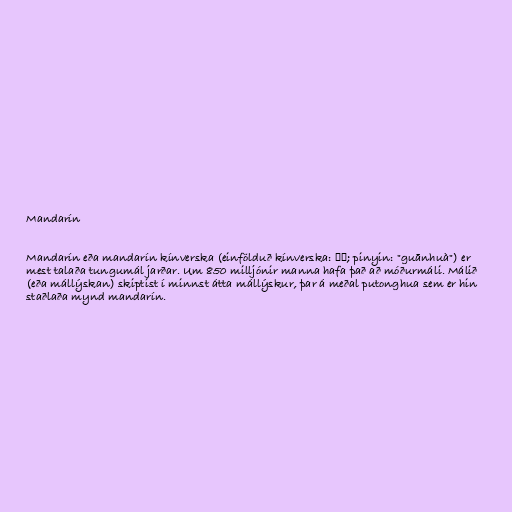
Mandarín

Mandarín eða mandarín kínverska (einfölduð kínverska: 官话; pinyin: "guānhuà") er
mest talaða tungumál jarðar. Um 850 milljónir manna hafa það að móðurmáli. Málið
(eða mállýskan) skiptist í minnst átta mállýskur, þar á meðal putonghua sem er hin
staðlaða mynd mandarín.